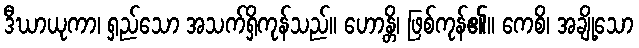
ဒီဃာယုကာ၊ ရှည်သော အသက်ရှိကုန်သည်။ ဟောန္တိ၊ ဖြစ်ကုန်၏။ ကေစိ၊ အချို့သော